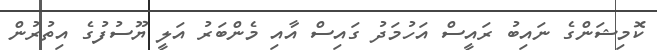
ކޮމިޝަންގެ ނައިބު ރައީސް އަހުމަދު ގައިސް އާއި މެންބަރު އަލީ ޔޫސުފުގެ އިތުރުން